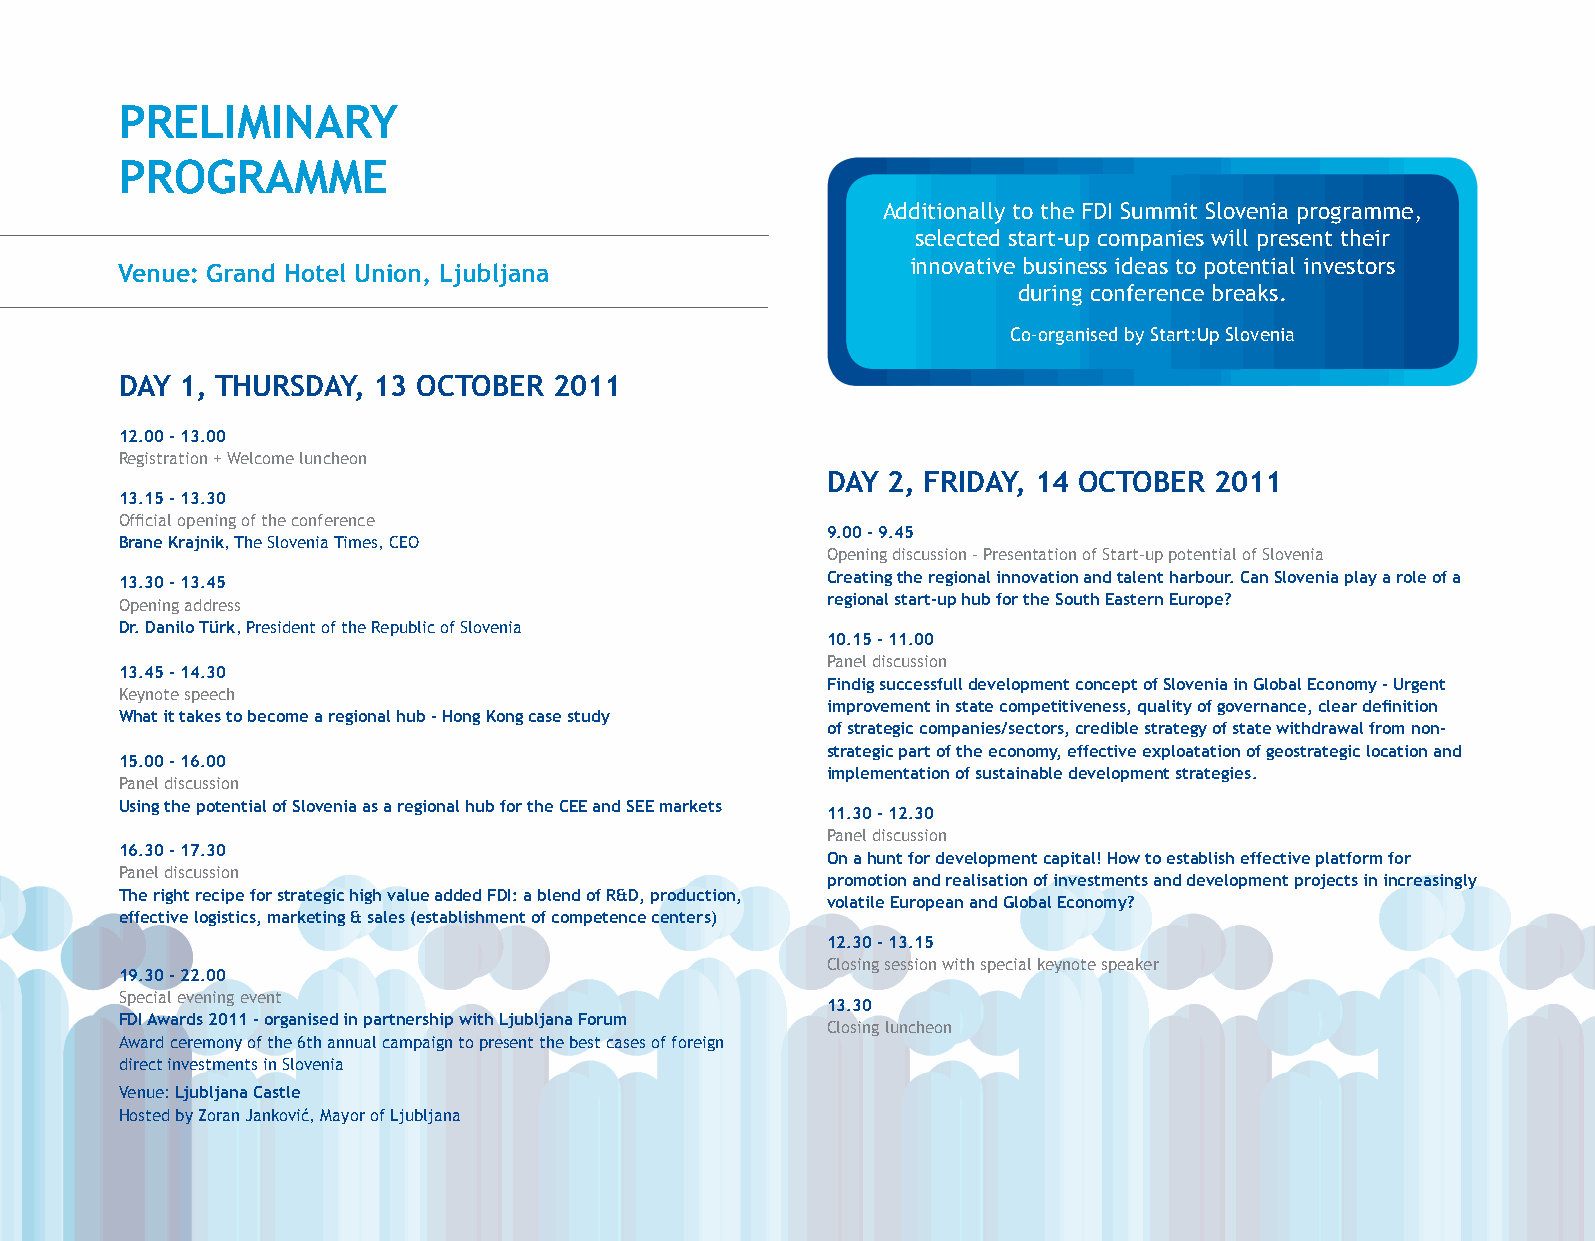
PRELIMINARY
 PROGRAMME
 Additionally to the FDI Summit Slovenia programme,
 selected start-up companies will present their
 innovative business ideas to potential investors
 Venue: Grand Hotel Union, Ljubljana
 during conference breaks.
 Co-organised by Start:Up Slovenia
 DAY 1, THURSDAY, 13 OCTOBER  2011
 12.00 – 13.00
 Registration + Welcome luncheon
 DAY 2, FRIDAY, 14 OCTOBER 2011
 13.15 - 13.30
 Official opening of the conference
 9.00 - 9.45
 Brane Krajnik, The Slovenia Times, CEO
 Opening discussion - Presentation of Start-up potential of Slovenia
 13.30 – 13.45                                  Creating the regional innovation and talent harbour. Can Slovenia play a role of a
 Opening address                                regional start-up hub for the South Eastern Europe?
 Dr. Danilo Türk, President of the Republic of Slovenia
 10.15 - 11.00
 Panel discussion
 13.45 – 14.30
 Findig successfull development concept of Slovenia in Global Economy - Urgent
 Keynote speech
 improvement in state competitiveness, quality of governance, clear definition
 What it takes to become a regional hub – Hong Kong case study
 of strategic companies/sectors, credible strategy of state withdrawal from non-
 strategic part of the economy, effective exploatation of geostrategic location and
 15.00 – 16.00
 implementation of sustainable development strategies.
 Panel discussion
 Using the potential of Slovenia as a regional hub for the CEE and SEE markets
 11.30 - 12.30
 Panel discussion
 16.30 – 17.30
 On a hunt for development capital! How to establish effective platform for
 Panel discussion
 promotion and realisation of investments and development projects in increasingly
 The right recipe for strategic high value added FDI: a blend of R&D, production,
 volatile European and Global Economy?
 effective logistics, marketing & sales (establishment of competence centers)
 12.30 - 13.15
 Closing session with special keynote speaker
 19.30 - 22.00
 Special evening event
 13.30
 FDI Awards 2011 – organised in partnership with Ljubljana Forum
 Closing luncheon
 Award ceremony of the 6th annual campaign to present the best cases of foreign
 direct investments in Slovenia
 Venue: Ljubljana Castle
 Hosted by Zoran Janković, Mayor of Ljubljana